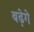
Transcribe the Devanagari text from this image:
बढ़ेगे